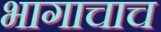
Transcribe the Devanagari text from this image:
भागाचाच